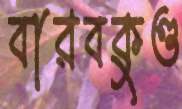
বারবকুণ্ড